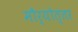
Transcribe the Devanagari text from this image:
मौर्योत्तर